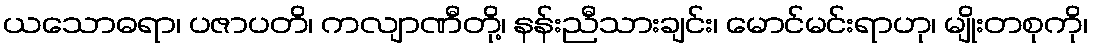
ယသောဓရာ၊ ပဇာပတိ၊ ကလျာဏီတို့၊ နန်းညီသားချင်း၊ မောင်မင်းရာဟု၊ မျိုးတစုကို၊